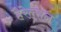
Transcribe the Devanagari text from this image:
हैरेल्सन